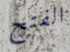
الفتح